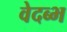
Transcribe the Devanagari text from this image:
वेदब्भ